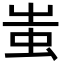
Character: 蚩